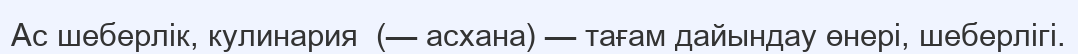
Ас шеберлік, кулинария  (— асхана) — тағам дайындау өнері, шеберлігі.